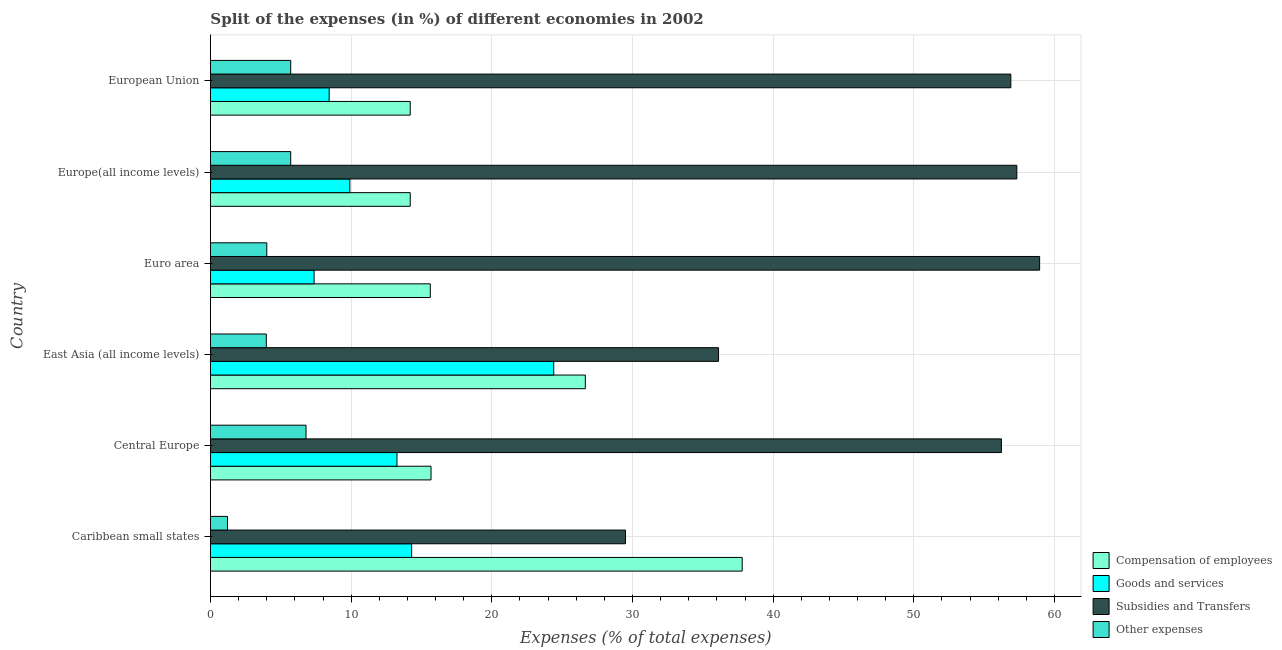
| Country | Compensation of employees | Goods and services | Subsidies and Transfers | Other expenses |
 | --- | --- | --- | --- | --- |
 | Caribbean small states | 37.8 | 14.3 | 29.5 | 1.21 |
 | Central Europe | 15.7 | 13.3 | 56.2 | 6.79 |
 | East Asia (all income levels) | 26.6 | 24.4 | 36.1 | 3.97 |
 | Euro area | 15.6 | 7.37 | 58.9 | 4 |
 | Europe(all income levels) | 14.2 | 9.91 | 57.3 | 5.7 |
 | European Union | 14.2 | 8.44 | 56.9 | 5.7 |